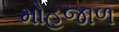
મોહજાળ